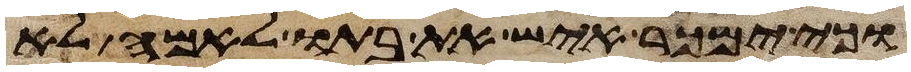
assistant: וכי ימכר איש את בתו לאמה לא